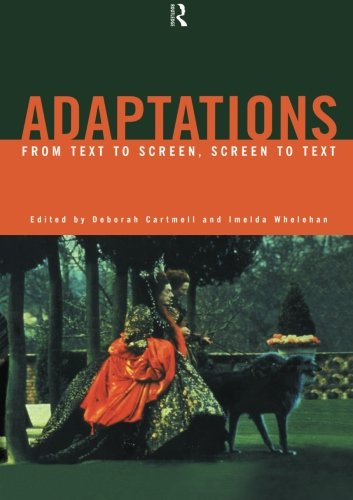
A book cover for Adaptations: From Text to Screen, Screen to Text; Humor & Entertainment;